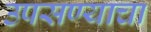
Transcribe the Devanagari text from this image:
उपसण्याचा